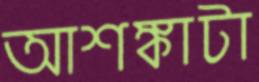
আশঙ্কাটা